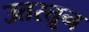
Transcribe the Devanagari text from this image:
उतरतून